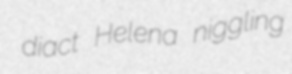
diact Helena niggling